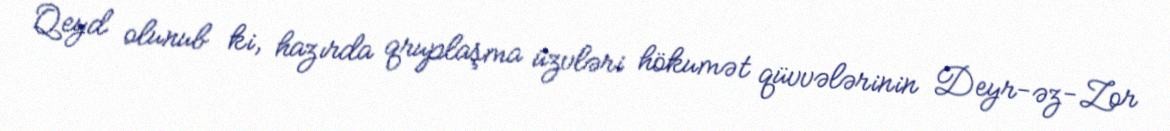
Qeyd olunub ki, hazırda qruplaşma üzvləri hökumət qüvvələrinin Deyr-əz-Zor